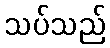
သပ်သည်